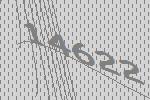
14622